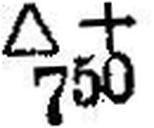
∆ + 750